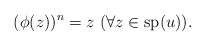
\begin{align*}(\phi(z))^n = z \ (\forall z \in \mathrm{sp}(u)). \end{align*}